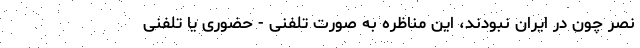
نصر چون در ایران نبودند، این مناظره به صورت تلفنی - حضوری یا تلفنی